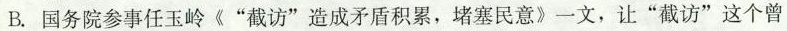
B.国务院参事任玉岭《”截访”造成矛盾积累，堵塞民意》一文，让”截访”这个曾